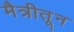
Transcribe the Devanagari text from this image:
मैत्रीतून